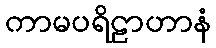
ကာမပရိဠာဟာနံ